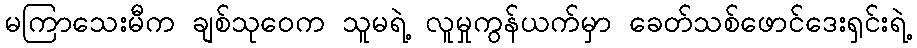
မကြာသေးမီက ချစ်သုဝေက သူမရဲ့ လူမှုကွန်ယက်မှာ ခေတ်သစ်ဖောင်ဒေးရှင်းရဲ့